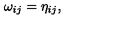
\omega _ { i j } = \eta _ { i j } ,